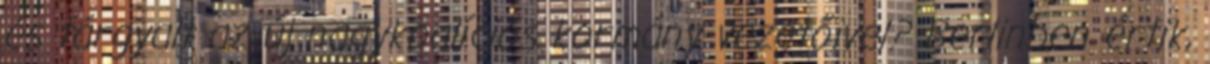
és tárgyalt az új nagykoalíciós kormány vezetőivel? Berlinben értik,